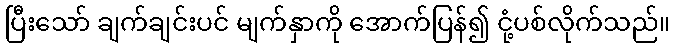
ပြီးသော် ချက်ချင်းပင် မျက်နှာကို အောက်ပြန်၍ ငုံ့ပစ်လိုက်သည်။